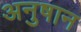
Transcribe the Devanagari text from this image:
अनुषान